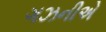
ગઝનીએ